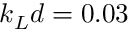
k _ { L } d = 0 . 0 3